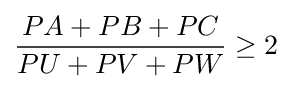
{\frac {PA+PB+PC}{PU+PV+PW}}\geq 2